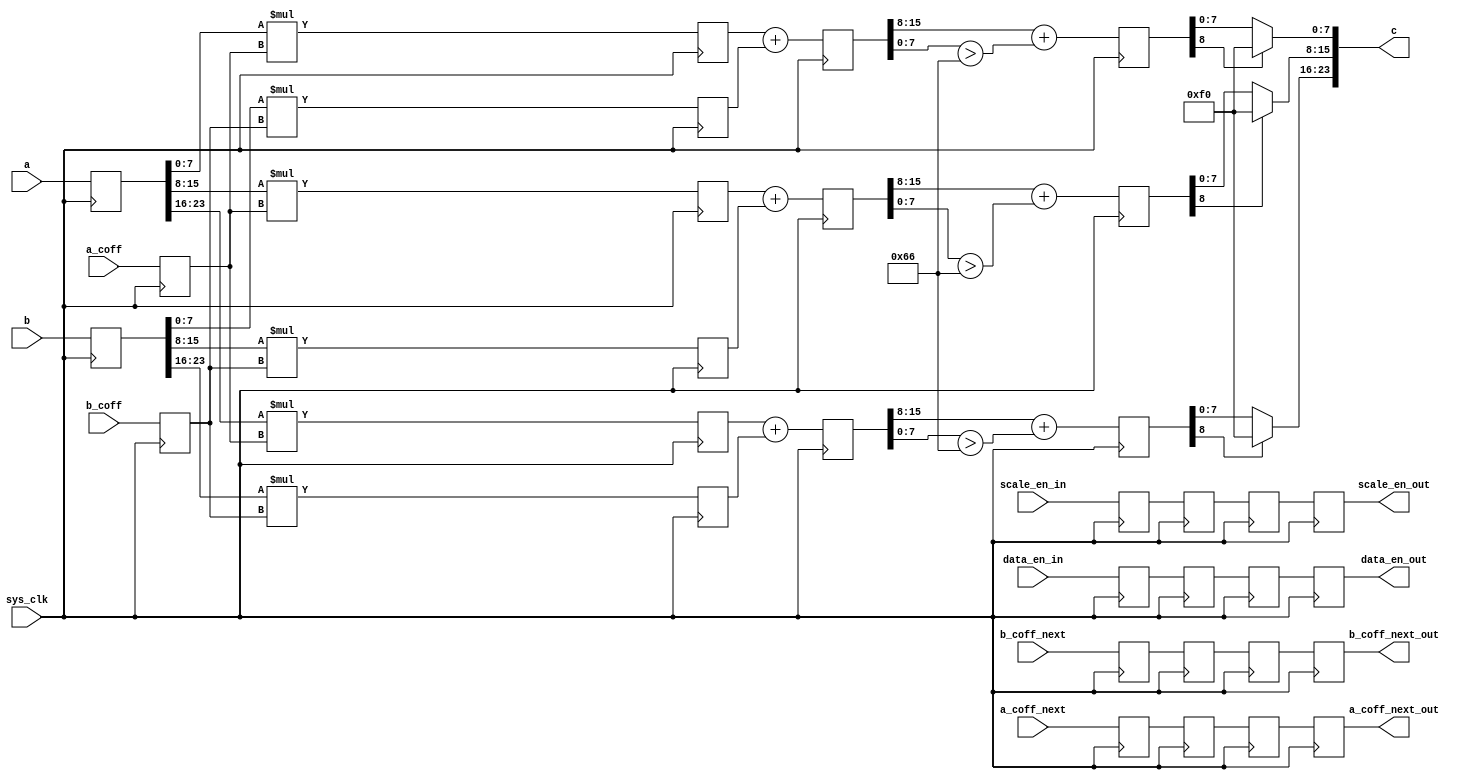
/*
	
	c = a * a_coff + b * b_coff
	4
*/
`timescale 1ns/100ps
module calu(
	input sys_clk,
	input[23:0] a,
	input[23:0] b,
	input[7:0] a_coff,
	input[7:0] b_coff,
	output[23:0] c,
	input[7:0] a_coff_next,//
	input[7:0] b_coff_next,//
	output reg[7:0] a_coff_next_out,//
	output reg[7:0] b_coff_next_out,//
	input data_en_in,
	input scale_en_in,//
	output reg data_en_out,
	output reg scale_en_out
);
reg[23:0] a_reg;
reg[23:0] b_reg;
reg[7:0] a_coff_reg;
reg[7:0] b_coff_reg;

//(* multstyle = "dsp" *) reg[15:0] a_mult0;
//(* multstyle = "dsp" *) reg[15:0] a_mult1;
//(* multstyle = "dsp" *) reg[15:0] a_mult2;
//(* multstyle = "dsp" *) reg[15:0] b_mult0;
//(* multstyle = "dsp" *) reg[15:0] b_mult1;
//(* multstyle = "dsp" *) reg[15:0] b_mult2;

reg[15:0] a_mult0;
reg[15:0] a_mult1;
reg[15:0] a_mult2;
reg[15:0] b_mult0;
reg[15:0] b_mult1;
reg[15:0] b_mult2;

reg[15:0] add0;
reg[15:0] add1;
reg[15:0] add2;

reg[8:0] add_tmp0;
reg[8:0] add_tmp1;
reg[8:0] add_tmp2;

reg data_en_in_d0;
reg data_en_in_d1;
reg data_en_in_d2;
reg scale_en_in_d0;
reg scale_en_in_d1;
reg scale_en_in_d2;
reg[7:0] a_coff_next_d0;
reg[7:0] a_coff_next_d1;
reg[7:0] a_coff_next_d2;
reg[7:0] b_coff_next_d0;
reg[7:0] b_coff_next_d1;
reg[7:0] b_coff_next_d2;
always@(posedge sys_clk)
begin
	a_reg <= a;
	b_reg <= b;
	a_coff_reg <= a_coff;
	b_coff_reg <= b_coff;
	data_en_in_d0 <= data_en_in;
	scale_en_in_d0 <= scale_en_in;
	a_coff_next_d0 <= a_coff_next;
	b_coff_next_d0 <= b_coff_next;
end

always@(posedge sys_clk)
begin
	a_mult0 <= a_reg[7:0] * a_coff_reg;
	a_mult1 <= a_reg[15:8] * a_coff_reg;
	a_mult2 <= a_reg[23:16] * a_coff_reg;
	
	b_mult0 <= b_reg[7:0] * b_coff_reg;
	b_mult1 <= b_reg[15:8] * b_coff_reg;
	b_mult2 <= b_reg[23:16] * b_coff_reg;
	data_en_in_d1 <= data_en_in_d0;
	scale_en_in_d1 <= scale_en_in_d0;
	a_coff_next_d1 <= a_coff_next_d0;
	b_coff_next_d1 <= b_coff_next_d0;
end

always@(posedge sys_clk)
begin
	add0 <= a_mult0 + b_mult0;
	add1 <= a_mult1 + b_mult1;
	add2 <= a_mult2 + b_mult2;
	data_en_in_d2 <= data_en_in_d1;
	scale_en_in_d2 <= scale_en_in_d1;
	a_coff_next_d2 <= a_coff_next_d1;
	b_coff_next_d2 <= b_coff_next_d1;
end

always@(posedge sys_clk)
begin
	add_tmp0 <= {1'b0,add0[15:8]} + {8'd0,{(add0[7:0] > 8'h66)}};
	add_tmp1 <= {1'b0,add1[15:8]} + {8'd0,{(add1[7:0]  > 8'h66)}};
	add_tmp2 <= {1'b0,add2[15:8]} + {8'd0,{(add2[7:0] > 8'h66)}};
	
	data_en_out <= data_en_in_d2;
	scale_en_out <= scale_en_in_d2;
	a_coff_next_out <= a_coff_next_d2;
	b_coff_next_out <= b_coff_next_d2;
end

assign c = {add_tmp2[8] ? 8'hf0 : add_tmp2[7:0],add_tmp1[8] ? 8'hf0 : add_tmp1[7:0],add_tmp0[8] ? 8'hf0 : add_tmp0[7:0]};
endmodule